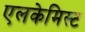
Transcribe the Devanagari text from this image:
एलकेमिस्ट